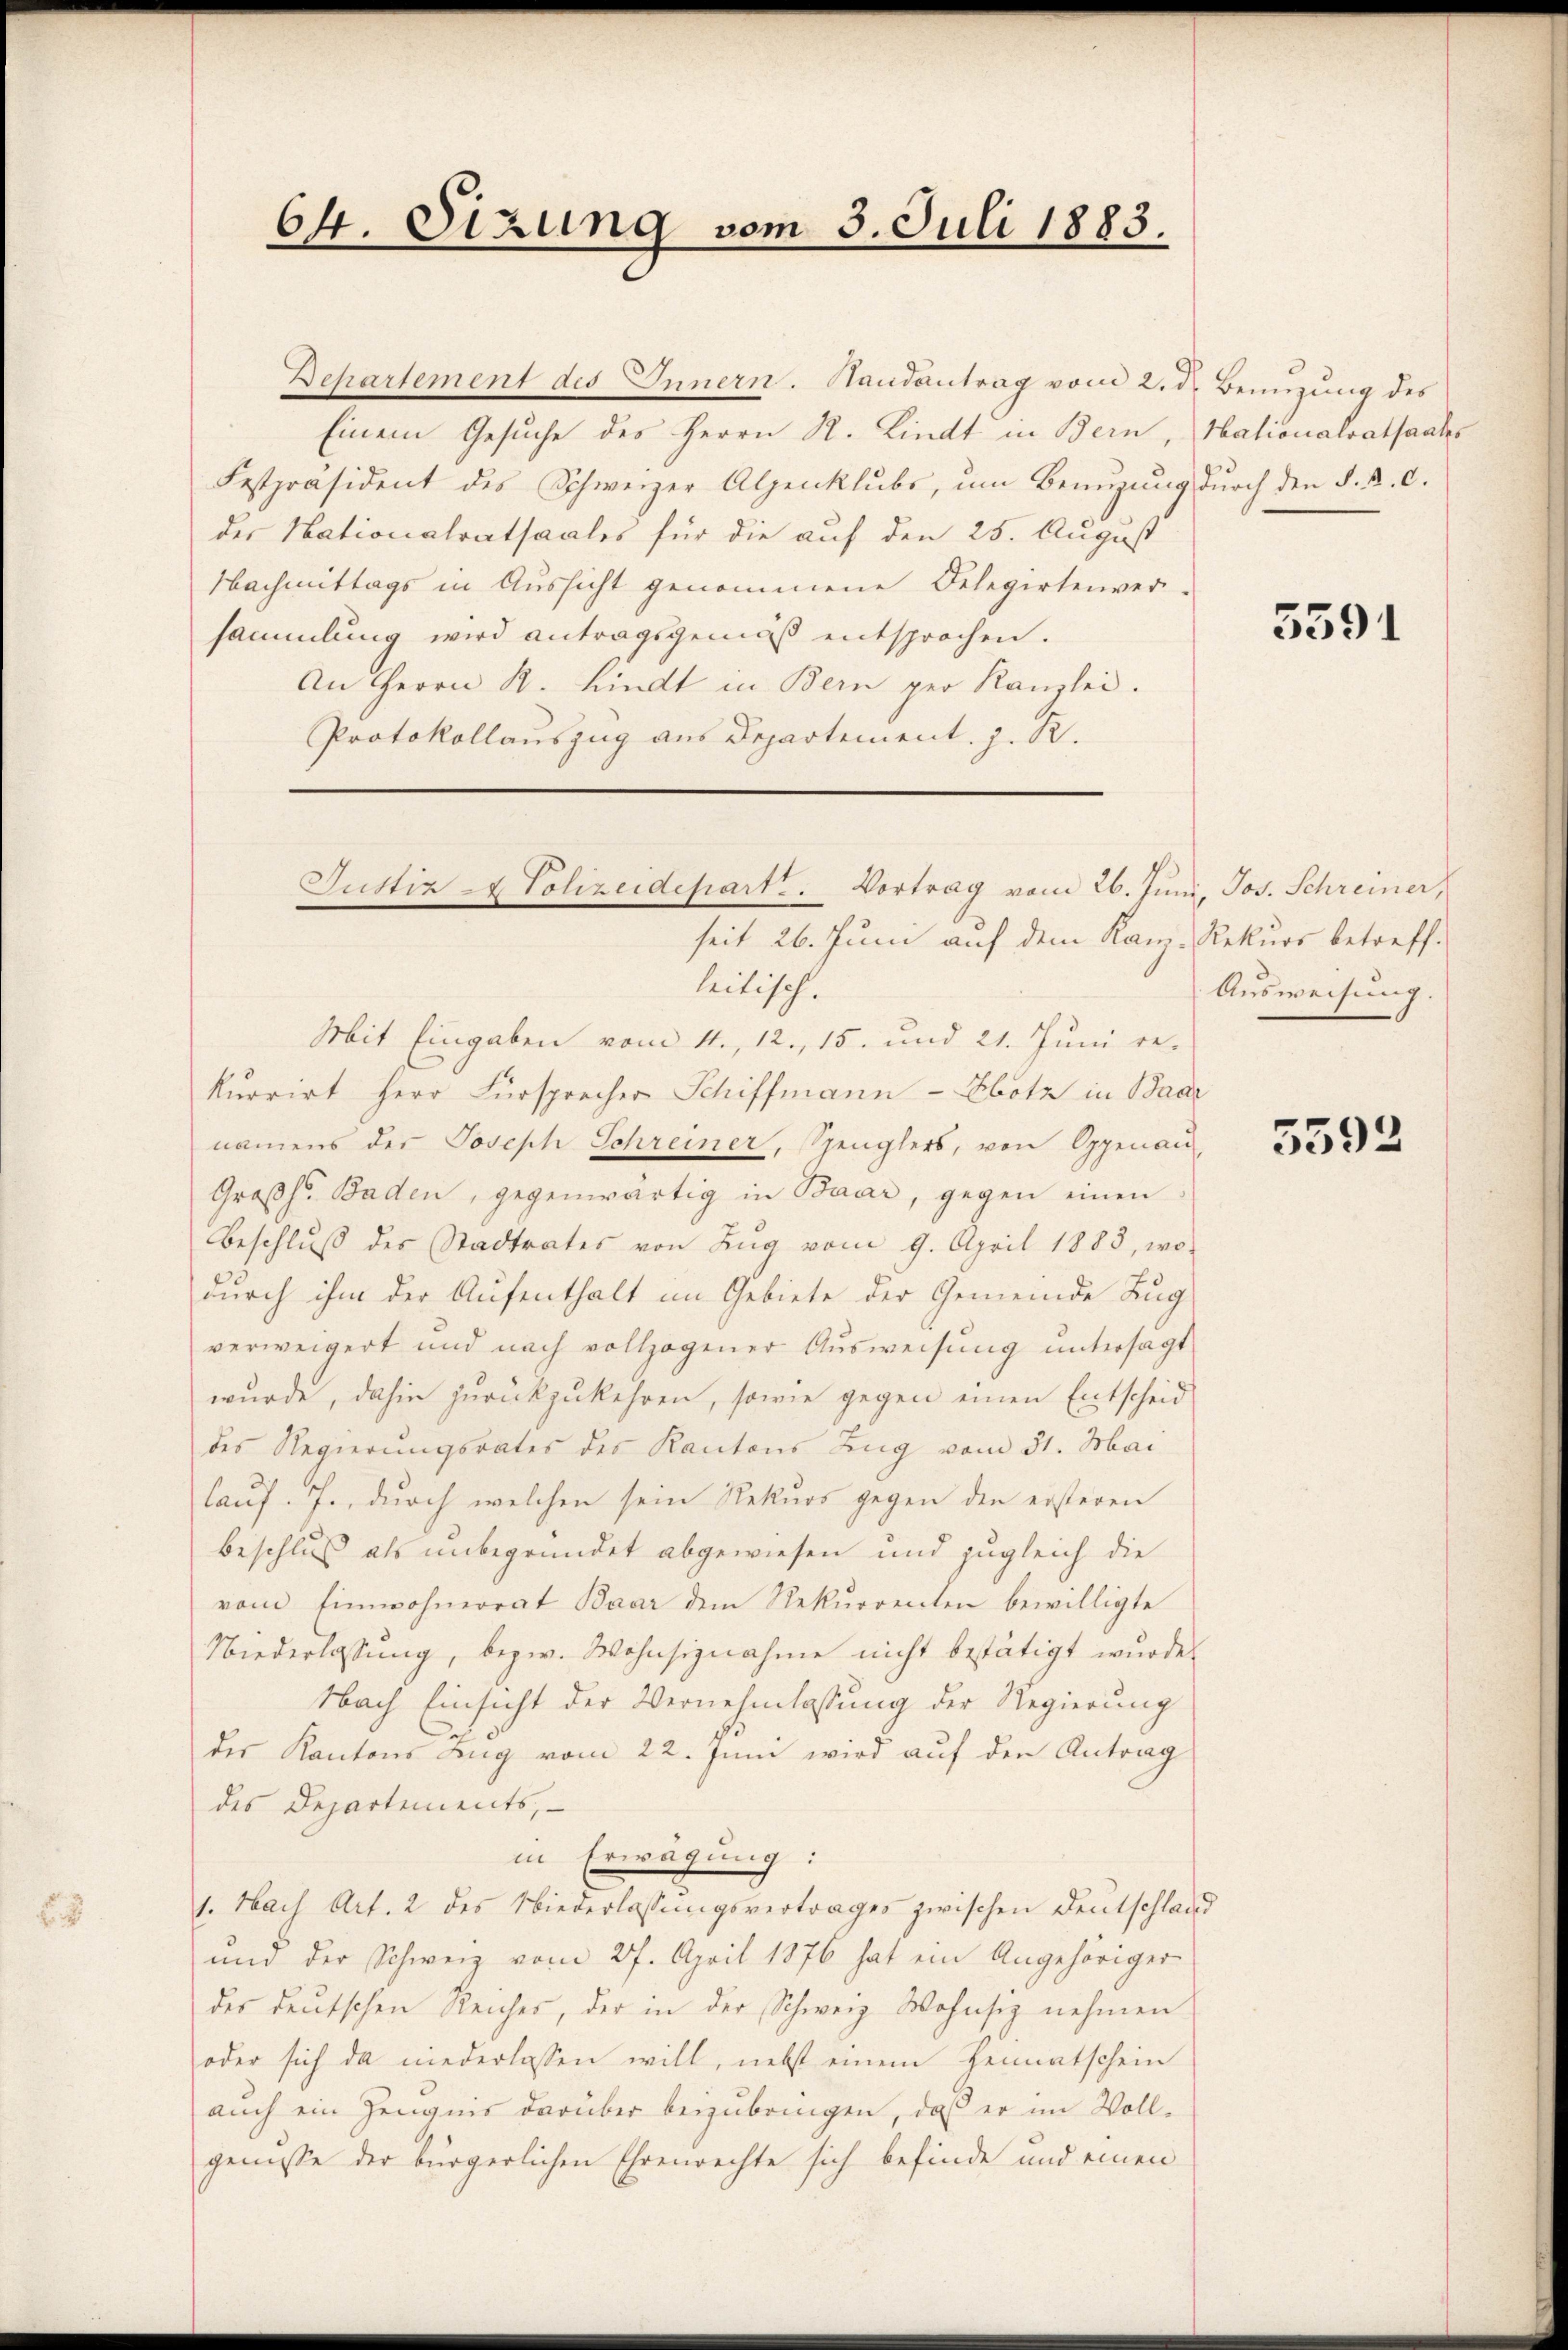
.

Departement des Innern. Randantrag vom 2. d. Benuzung des
Einem Gesuche des Herrn R. Lindt in Bern,
Festpräsident des Schweizer Alpenklubs, um Benuzung durch den §. a. c.
der Nationalratsaales für die auf den 25. August
Nachmittags in Aussicht genommene Delegirtenver-
sammlung wird antragsgemäß entsprochen.
An Herrn R. hindt in Bern per Kanzlei.
Protokollauszug aus Departement. J. R.

64. Sizung vom 3. Juli 1883.

Justiz & Polizeidepart. Vortrag vom 26. Juni, Jos. Schreiner,

seit 26. Juni auf dem Kanz. Rekurs betreff.
leitisch.
Mit Eingaben vom 4. 12. 15. und 21. Juni rekurrirt Herr Fürsprecher Schiffmann - Hotz in Baar
namens der Joseph Schreiner, Spenglers, von Oppenau
Großh. Baden, gegenwärtig in Baar, gegen einen
Beschlŭβ des Stadtrates von Zŭg vom 9. April 1883, wo-
durch ihm der Aufenthalt im Gebiete der Gemeinde Zug
verweigert und nach vollzogener Ausweisung untersagt
wurde, dahin zurückzukehren, sowie gegen einen Entscheid
des Regierungsrates des Kantons Zug vom 31. Mai
lauf. J., durch welchen sein Rekurs gegen den ersteren
beschluß als unbegründet abgewiesen und zugleich die
vom Einwohnerrat Baar dem Rekurrenten bewilligte
Niederlassŭng, bezw. Wohnsiznahme nicht bestätigt wurde.
Nach Einsicht der Vernehmlassung der Regierung
des Kantons Zug vom 22. Juni wird auf den Antrag
des Departements,
in Erwägung:
1. Nach Art. 2 des Niederlassungsvertrages zwischen Deutschland
und der Schweiz vom 27. April 1876 hat ein Angehöriger
des deutschen Reiches, der in der Schweiz. Wohnsiz nehmen
oder sich da niederlassen will, nebst einem Heimatschein
auch ein Zeugnis darüber beizubringen, daß er im Vollgenisse der bürgerlichen Ehrenrechte sich befinde und einen

Hationalratsaales

5591

Ausweisung.

5592